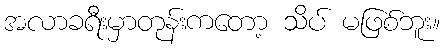
အလာခရီးမှာတုန်းကတော့ သိပ် မဖြစ်ဘူး။